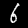
Label: 6